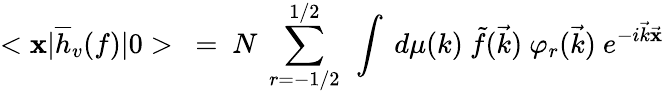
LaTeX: <\mathbf{x}{\mid}\overline{{{{h}}}}_{v}(f){\mid}0>\ =\ N\ \sum_{r=-1/2}^{1/2}\ \int\ d\mu(k)\ \tilde{{f}}(\vec{{k}})\ {\varphi}_{r}(\vec{{k}})\ e^{-i\vec{{k}}\vec{{\mathbf{x}}}}